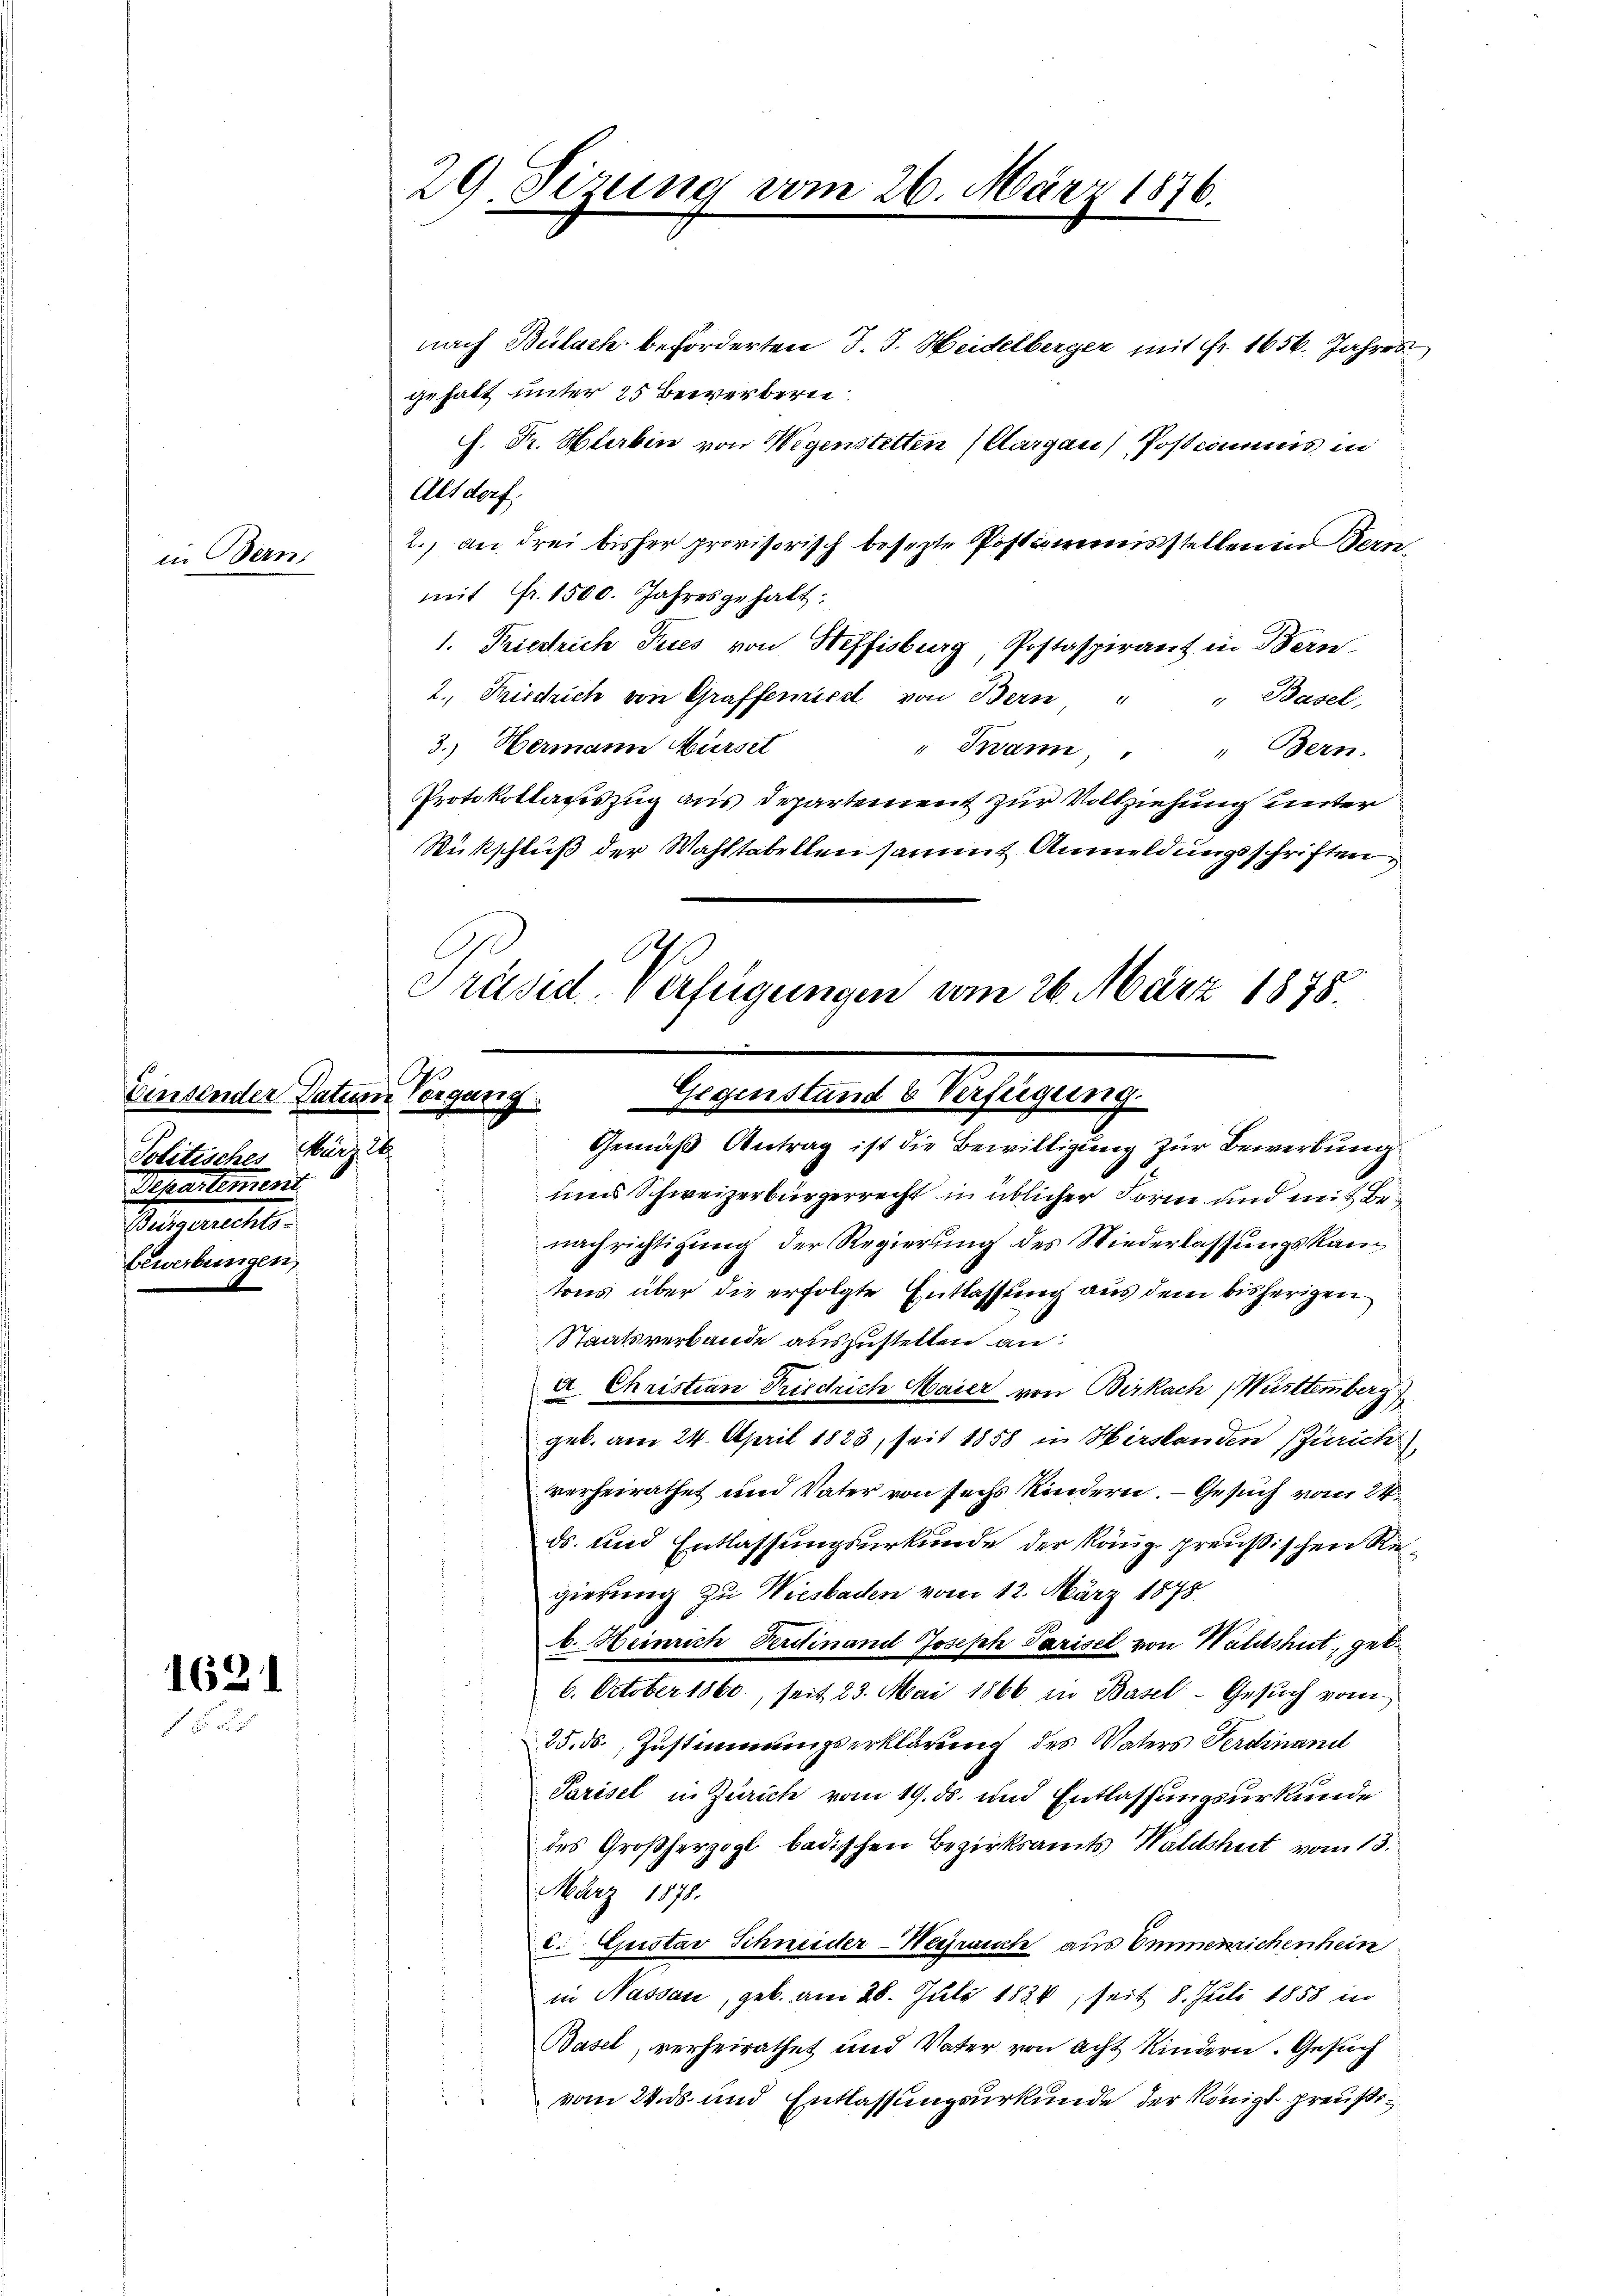
in Bern

Einsender Tation
Politisches
Separtemend
Betracht.
bewerbungen,

1621

29. Sizung vom 26. März 1876.

Auch d

nach Bülach beförderten J. J. Heidelberger mit Fr. 1656. Jahren
gehalt unter 25 Bewerberne
f. Dr. Hierben von Wegenstetten (Aargau) Postcommes in
Altdorf:
2.) an drei bisher provisorisch besezte Postamensstellen in Bern
mit Fr. 1500. Jahresgehalt:
1. Friedrich Tries von Heffisburg, Postaspirant in Bern
2. Friedrich von Graffemise von Bern " " Basel,
3.) Hermann Mürset
" Mann, " " Bern.
Protokollauszug aus Departement zur Vollziehung unter
Rückschluß der Wahltabellen sammt Anmeldungsschriften,
.
Grüsid, verfügungen vom 26. März 1878.

Vergang
Gegenstand b Verfügung.
Gemäß Antrag ist die Bewilligung zur Bewerbung

und Schweizerbürgerrecht in üblicher Forne und mit Benachrichtigung der Regierung des Niederlassungskam
tons über die erfolgte Entlassung aus dem bisherigen
Staatsverbande auszustellen an:
a Christian Friedrich Maier von Birkach, Württemberg
geb. am 24. April 1823, seit 1858 in Hirslanden (Zürich
verheirathet und Vater von sechs Kindern. — Gesuch vom 24.
ds. und Entlassungsurkunde der Käug preußischen Regierung zu Wiesbaden vom 12. März 1878.
b. Heinrich Verstinand Joseph Parisel von Waldshut, geb.
6. October 1860, seit 23. Mai 1866 in Basel-Gesuch vom
25. ds. Zustimmungserklärung des Vaters Ferdinand
Parisel in Zürich vom 19. ds. und Entlassungsurkunde
des Großherzogl badischen Bezirksamts Waldshut vom 13.
März 1878.
e. Gustav Schneider-Werrauch aus Emmerrichenhein
in Nassau, geb. am 28. Juli 1824, seit 8. Juli 1858 in
Basel, verheirathet und Vater von acht Kindern. Gesuch
vom 24. ds. und Entlassungsurkunde der Königl preußi¬